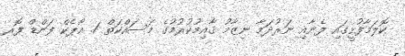
ކޮލަމާފުށީގައި ފެނާއި ނަރުދަމާ ނިޒާމު ޤާއިމުކުރުމުގެ މަސައްކަތް 1. އޯޕެކް ފަންޑް ފޮރ